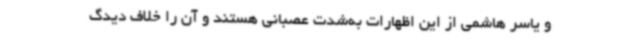
و یاسر هاشمی از این اظهارات به‌شدت عصبانی هستند و آن را خلاف دیدگ